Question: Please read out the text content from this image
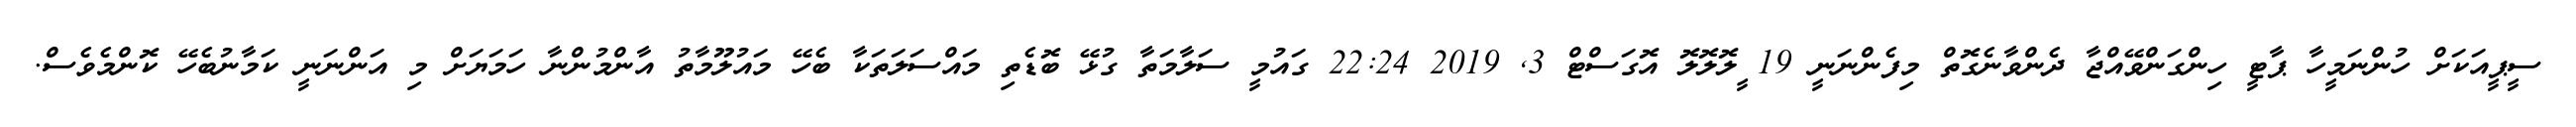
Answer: ސީޕީއަކަށް ހުންނަމީހާ ޕާޓީ ހިންގަންވޭއްޖާ ދެންވާނެގޮތް މިފެންނަނީ 19 ީލޮލޮލޮ އޮގަސްޓް 3, 2019 22:24 ގައުމީ ސަލާމަތާ ގުޅޭ ބޮޑެތި މައްސަލަތަކާ ބެހޭ މައުލޫމާތު އާންމުންނާ ހަމަޔަށް މި އަންނަނީ ކަމާނުބެހޭ ކޮންމެވެސް.